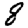
Digit: 8